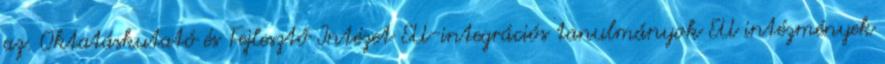
az. Oktatáskutató és Fejlesztő Intézet EU-integrációs tanulmányok EU intézmények